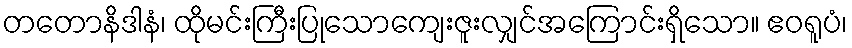
တတောနိဒါနံ၊ ထိုမင်းကြီးပြုသောကျေးဇူးလျှင်အကြောင်းရှိသော။ ဧဝရူပံ၊